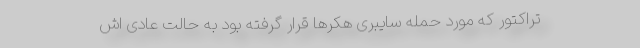
تراکتور که مورد حمله سایبری هکرها قرار گرفته بود به حالت عادی اش